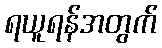
ရယူရန်အတွက်